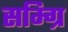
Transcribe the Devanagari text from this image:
सम्ग्रि